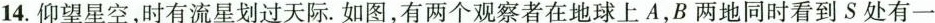
14.仰望星空，时有流星划过天际。如图，有两个观察者在地球上A，B两地同时看到S处有一